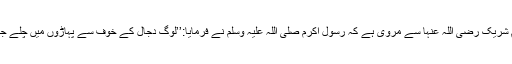
چنانچہ ام شریک رضی اللہ عنہا سے مروی ہے کہ رسول اکرم صلی اللہ علیہ وسلم نے فرمایا:’’لوگ دجال کے خوف سے پہاڑوں میں چلے جائیں گے۔